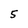
Character: 5